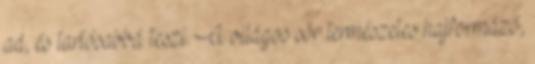
ad, és tartósabbá teszi. A világos sör természetes hajformázó,